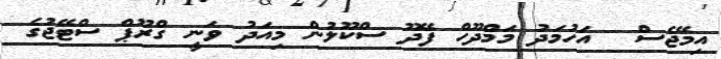
އިމޭޖެސް  އަހުމަދު މަމްދޫހް ފޭދޫ ސްކޫލުން މިއަދު ވަނީ ގްރޫޕް ސްޓޭޖުގެ